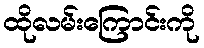
ထိုလမ်းကြောင်းကို